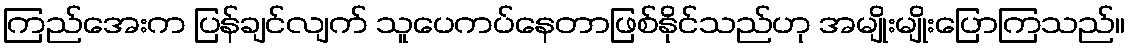
ကြည်အေးက ပြန်ချင်လျက် သူပေကပ်နေတာဖြစ်နိုင်သည်ဟု အမျိုးမျိုးပြောကြသည်။